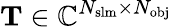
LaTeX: \mathbf{T}\in\mathbb{C}^{N_{\mathrm{{slm}}}\times N_{\mathrm{{obj}}}}